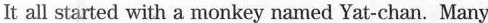
It all started with a monkey named Yat-chan. Many